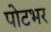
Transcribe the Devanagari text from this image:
पोटभर